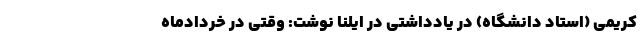
کریمی (استاد دانشگاه) در یادداشتی در ایلنا نوشت: وقتی در خردادماه